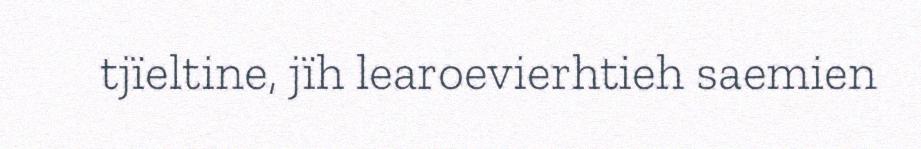
tjïeltine, jïh learoevierhtieh saemien